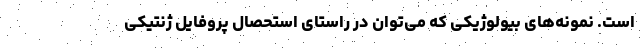
است. نمونه‌های بیولوژیکی که می‌توان در راستای استحصال پروفایل ژنتیکی